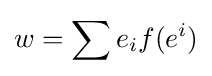
w=\sum e_{i}f(e^{i})